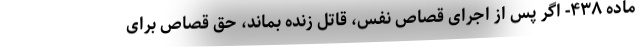
ماده ۴۳۸- اگر پس از اجرای قصاص نفس، قاتل زنده بماند، حق قصاص برای